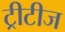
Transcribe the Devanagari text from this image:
ट्रीटीज